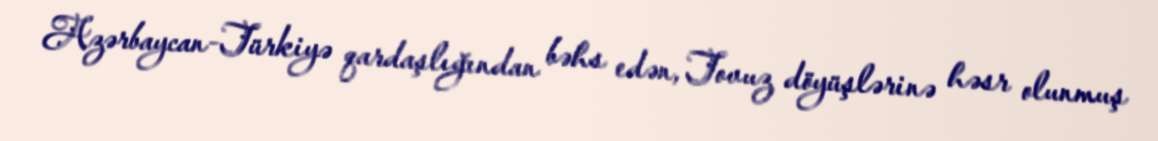
Azərbaycan-Türkiyə qardaşlığından bəhs edən, Tovuz döyüşlərinə həsr olunmuş